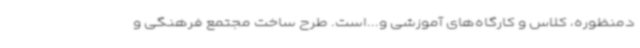
دمنظوره، کلاس و کارگاه‌های آموزشی و...است. طرح ساخت مجتمع فرهنگی و